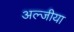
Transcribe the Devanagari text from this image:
अल्जीया